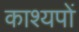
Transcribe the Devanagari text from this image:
काश्यपों